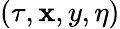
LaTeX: (\tau,\mathbf{x},y,\eta)